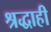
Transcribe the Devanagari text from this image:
श्रद्धाही